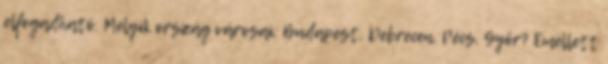
elfogadható. Melyik ország városai: Budapest, Debrecen, Pécs, Győr? Emellett